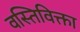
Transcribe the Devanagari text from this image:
वस्तिविक्ता